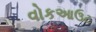
વોકઆઉટ